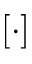
[ \cdot ]